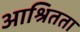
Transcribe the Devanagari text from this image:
आश्रितता